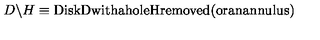
D \backslash H \equiv \mathrm { D i s k D w i t h a h o l e H r e m o v e d ( o r a n a n n u l u s ) }